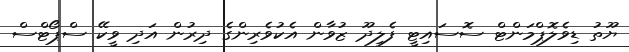
ޔޫތު ޑިވެލޮޕްމަންޓް ސޮސައިޓީ ފެލިދޫ ޒުވާން އެކުވެރިންގެ ދިރުން އަދި ވީކޭ ސްޕޯޓްސް